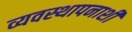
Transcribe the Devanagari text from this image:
व्यवस्थापनाशी